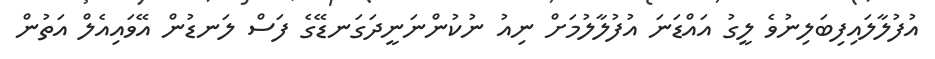
އުފުލާލައިފިބަލިނުވެ ލީގު އައްޑަނަ އުފުލާލުމަށް ނިއު ނުކުންނަނީދަގަނޑޭގެ ފަސް ލަނޑުން އޭވައިއެލް އަތުން